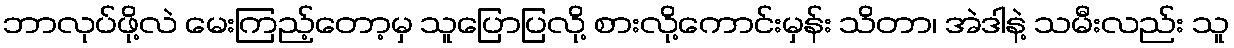
ဘာလုပ်ဖို့လဲ မေးကြည့်တော့မှ သူပြောပြလို့ စားလို့ကောင်းမှန်း သိတာ၊ အဲဒါနဲ့ သမီးလည်း သူ